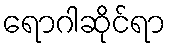
ရောဂါဆိုင်ရာ